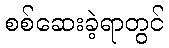
စစ်ဆေးခဲ့ရာတွင်